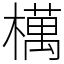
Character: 𣜜